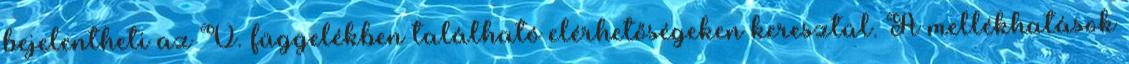
bejelentheti az V. függelékben található elérhetőségeken keresztül. A mellékhatások